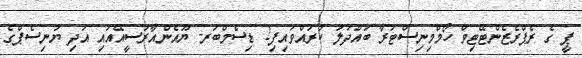
ޕީ ގެ ރެޕްރެޒެންޓޭޓިވް ހޯމްމިނިސްޓަރާ ބައްދަލު ކުރައްވައިފި2 ޑިސެމްބަރ- ޔޫއެންއާރުސީއޭއައި އަދި ޔުނިސެޕްގެ